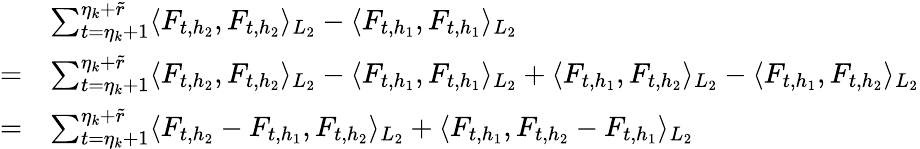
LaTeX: \begin{array}{rl}&{\sum_{t=\eta_{k}+1}^{\eta_{k}+\widetilde{r}}\langle F_{t,h_{2}},F_{t,h_{2}}\rangle_{L_{2}}-\langle F_{t,h_{1}},F_{t,h_{1}}\rangle_{L_{2}}}\\ {=}&{\sum_{t=\eta_{k}+1}^{\eta_{k}+\widetilde{r}}\langle F_{t,h_{2}},F_{t,h_{2}}\rangle_{L_{2}}-\langle F_{t,h_{1}},F_{t,h_{1}}\rangle_{L_{2}}+\langle F_{t,h_{1}},F_{t,h_{2}}\rangle_{L_{2}}-\langle F_{t,h_{1}},F_{t,h_{2}}\rangle_{L_{2}}}\\ {=}&{\sum_{t=\eta_{k}+1}^{\eta_{k}+\widetilde{r}}\langle F_{t,h_{2}}-F_{t,h_{1}},F_{t,h_{2}}\rangle_{L_{2}}+\langle F_{t,h_{1}},F_{t,h_{2}}-F_{t,h_{1}}\rangle_{L_{2}}}\end{array}